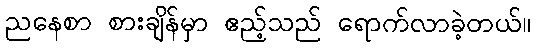
ညနေစာ စားချိန်မှာ ဧည့်သည် ရောက်လာခဲ့တယ်။